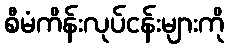
စီမံကိန်းလုပ်ငန်းများကို